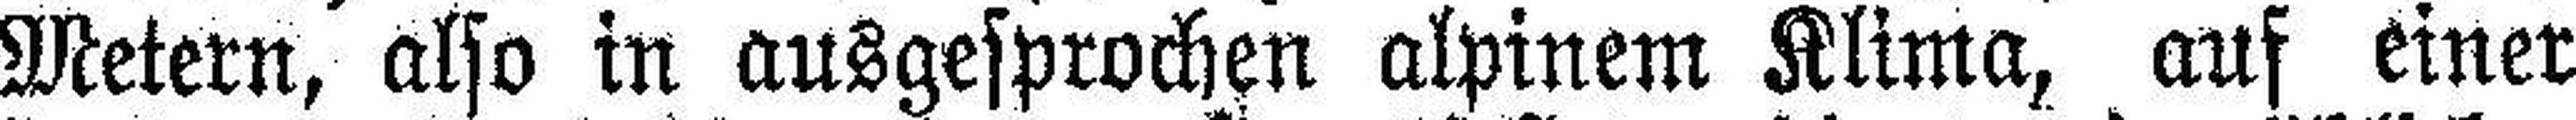
Metern, also in ausgesprochen alpinem Klima, auf einer